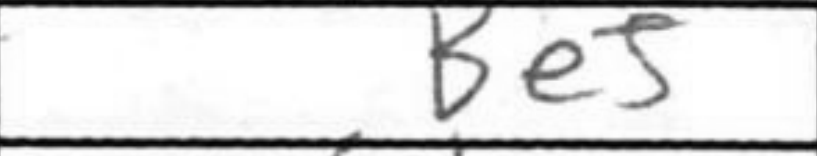
Transcription: Be5